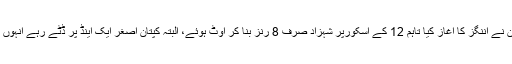
محمد شہزاد اور نورعلی زدران نے اننگز کا آغاز کیا تاہم 12 کے اسکورپر شہزاد صرف 8 رنز بنا کر آؤٹ ہوئے، البتہ کپتان اصغر ایک اینڈ پر ڈٹے رہے انہوں نے نصف سنچری اسکور کی۔